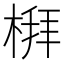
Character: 𪲻